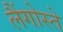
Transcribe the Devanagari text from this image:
लैंगोस्ते